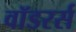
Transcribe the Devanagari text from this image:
वॉडरर्स